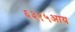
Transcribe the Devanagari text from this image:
६३१५आय